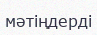
мәтіңдерді